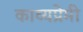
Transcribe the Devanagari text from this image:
काव्यप्रेमी